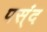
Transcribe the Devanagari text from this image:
पस्ंद